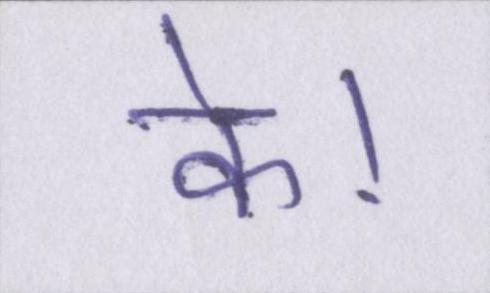
के।